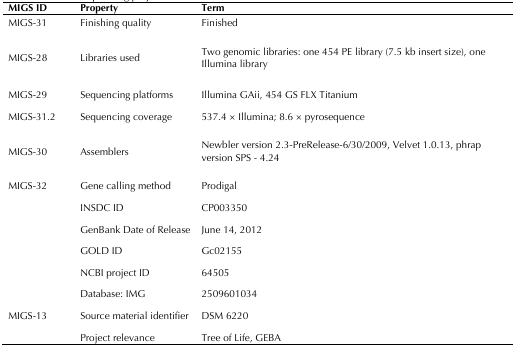
<table><thead><tr><td><b>MIGS ID</b></td><td><b>Property</b></td><td><b>Term</b></td></tr></thead><tbody><tr><td>MIGS-31</td><td>Finishing quality</td><td>Finished</td></tr><tr><td>MIGS-28</td><td>Libraries used</td><td>Two genomic libraries: one 454 PE library (7.5 kb insert size), one Illumina library</td></tr><tr><td>MIGS-29</td><td>Sequencing platforms</td><td>Illumina GAii, 454 GS FLX Titanium</td></tr><tr><td>MIGS-31.2</td><td>Sequencing coverage</td><td>537.4 × Illumina; 8.6 × pyrosequence</td></tr><tr><td>MIGS-30</td><td>Assemblers</td><td>Newbler version 2.3-PreRelease-6/30/2009, Velvet 1.0.13, phrap version SPS - 4.24</td></tr><tr><td>MIGS-32</td><td>Gene calling method</td><td>Prodigal</td></tr><tr><td></td><td>INSDC ID</td><td>CP003350</td></tr><tr><td></td><td>GenBank Date of Release</td><td>June 14, 2012</td></tr><tr><td></td><td>GOLD ID</td><td>Gc02155</td></tr><tr><td></td><td>NCBI project ID</td><td>64505</td></tr><tr><td></td><td>Database: IMG</td><td>2509601034</td></tr><tr><td>MIGS-13</td><td>Source material identifier</td><td>DSM 6220</td></tr><tr><td></td><td>Project relevance</td><td>Tree of Life, GEBA</td></tr></tbody></table>